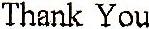
THANK YOU